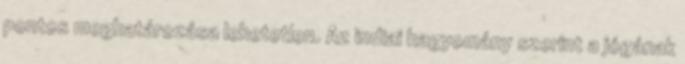
pontos meghatározása lehetetlen. Az indiai hagyomány szerint a jógának